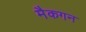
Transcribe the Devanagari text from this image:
मैकगन